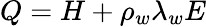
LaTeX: Q=H+\rho_{w}\lambda_{w}E